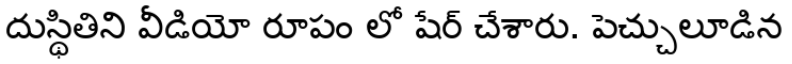
దుస్థితిని వీడియో రూపం లో షేర్ చేశారు. పెచ్చులూడిన